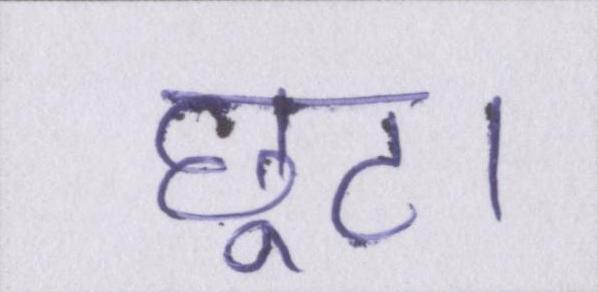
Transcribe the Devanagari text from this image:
छूट।